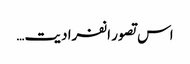
اس تصور انفرادیت…